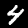
Digit: 4